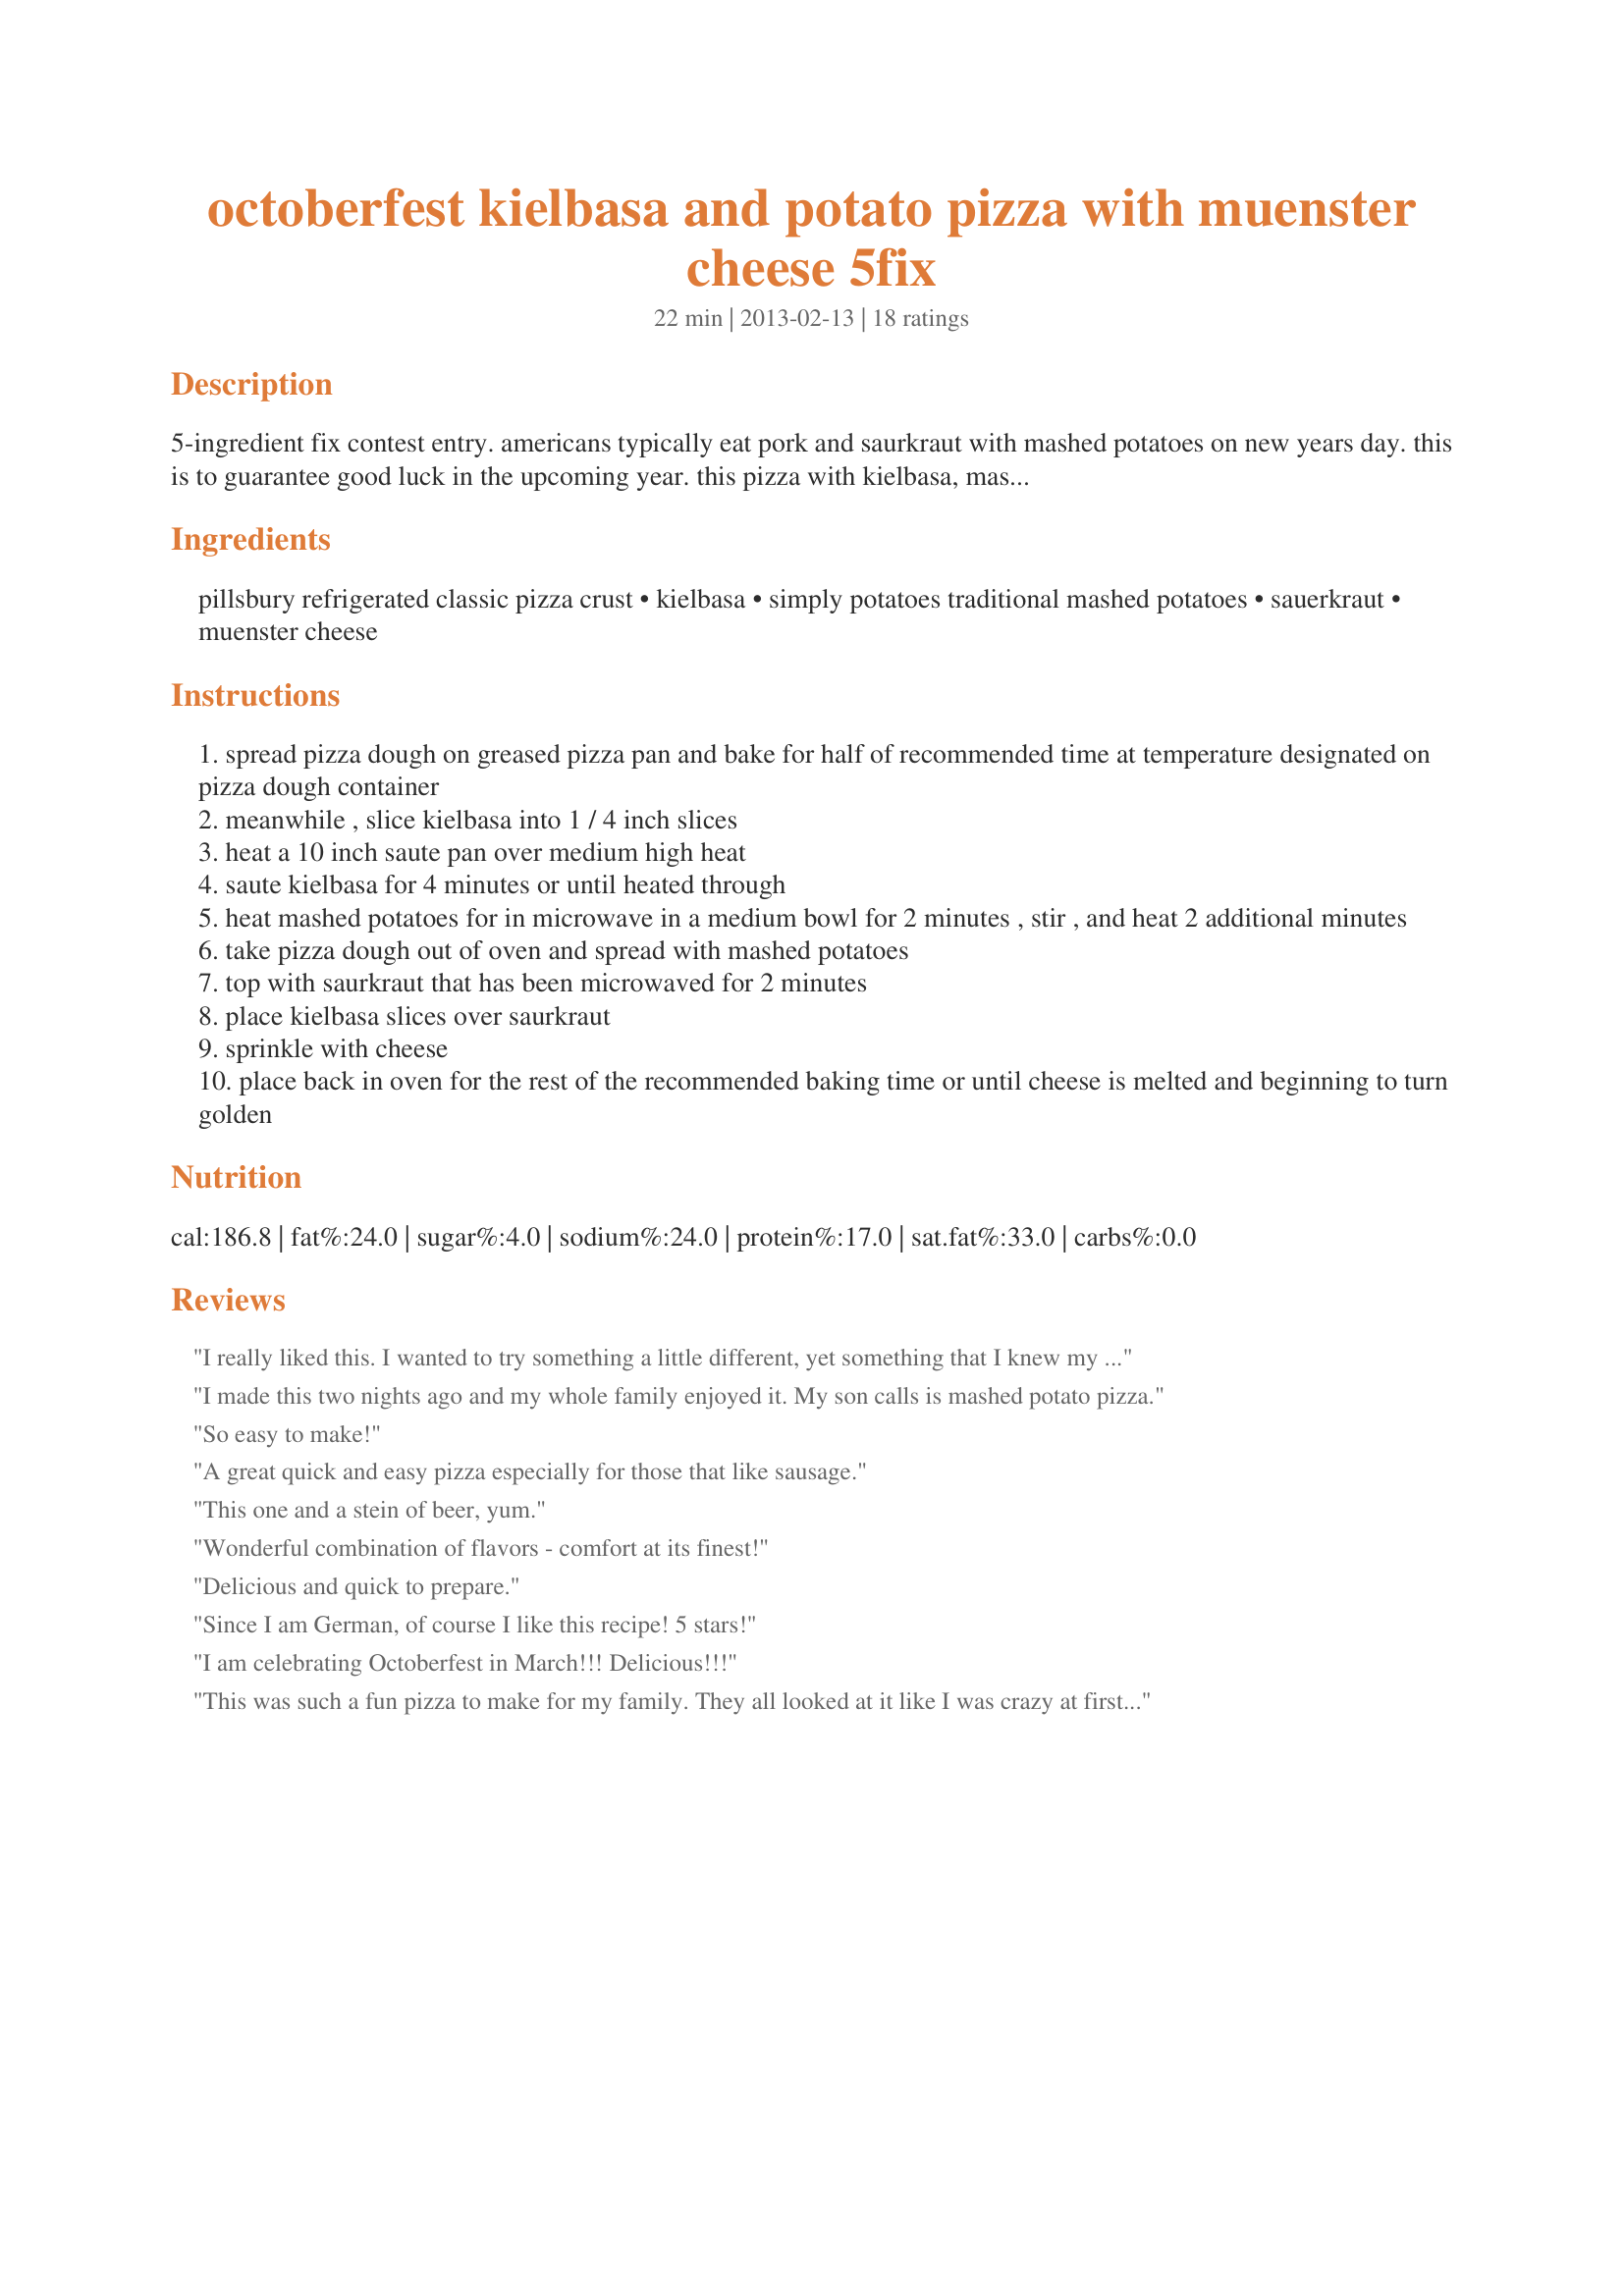
octoberfest kielbasa and potato pizza with muenster cheese 5fix
Preparation time: 22 minutes

5-ingredient fix contest entry. americans typically eat pork and saurkraut with mashed potatoes on new years day. this is to guarantee good luck in the upcoming year. this pizza with kielbasa, mashed potatoes, saurkraut and cheese is a new twist on the old idea - a way of making sure that you guarantee your new year will be lucky, without eating the same traditional holiday meal. i

Ingredients:
pillsbury refrigerated classic pizza crust, kielbasa, simply potatoes traditional mashed potatoes, sauerkraut, muenster cheese

Steps:
spread pizza dough on greased pizza pan and bake for half of recommended time at temperature designated on pizza dough container
meanwhile , slice kielbasa into 1 / 4 inch slices
heat a 10 inch saute pan over medium high heat
saute kielbasa for 4 minutes or until heated through
heat mashed potatoes for in microwave in a medium bowl for 2 minutes , stir , and heat 2 additional minutes
take pizza dough out of oven and spread with mashed potatoes
top with saurkraut that has been microwaved for 2 minutes
place kielbasa slices over saurkraut
sprinkle with cheese
place back in oven for the rest of the recommended baking time or until cheese is melted and beginning to turn golden

Reviews:
I really liked this. I wanted to try something a little different, yet something that I knew my family would all eat. I'm glad I tried this recipe, as it was really good.
I made this two nights ago and my whole family enjoyed it. My son calls is mashed potato pizza.
So easy to make!
A great quick and easy pizza especially for those that like sausage.
This one and a stein of beer, yum.
Wonderful combination of flavors - comfort at its finest!
Delicious and quick to prepare.
Since I am German, of course I like this recipe! 5 stars!
I am celebrating Octoberfest in March!!! Delicious!!!
This was such a fun pizza to make for my family. They all looked at it like I was crazy at first. Until they tried it. DS couldn&#039;t get enough of it. I did use my own mashed potatoes otherwise followed your recipe to a T. Thank you for sharing this fun recipe with me and my family.
I made this for my husband who is a real kielbasa and sauerkraut fan. He loved it! It is such a unique pizza and I liked having a switch from the normal soup and or sandwich lunch. I liked the choice of muenster cheese, it complimented the tangy sauerkraut well. Definitely 5 stars - I will make this again.
I tried this pizza for a quick and easy weeknight dinner. It was fast, easy to make and tasted really good. I served it with salad and applesauce on the side. It was very good and I'll make it again.
Yum! I made this last weekend for my family and they really liked it. They liked the kielbasa so much I will probably swap out pepperoni for kielbasa next time I make a traditional pizza. This recipe is a keeper.
This tasted very good. It was also easy to make and my whole family liked it. This recipe will be made again in my house.
Yum! Love the idea of this-- can&#039;t wait to try!
Loved this. Its a whole meal on a pizza crust! Seriously though, the mashed potatoes and sauerkraut together with the kielbasa was delicious. Plus, it was really easy to make.
This was great. It was very easy to make and my wife and I liked it a lot. The kielbasa/muenster/sauerkraut combination tasted very good. I am glad my wife and I tried this recipe.
This was delicious. I loved the proportion of kielbasa to saurkraut and the muenster was a good touch. I will make it again.
